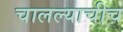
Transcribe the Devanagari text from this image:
चालल्याचीच